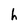
Character: h